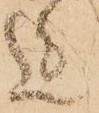
迄